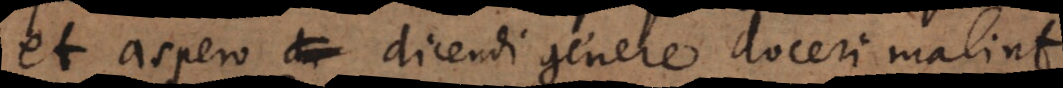
et aspero dicendi genere doceri malint.